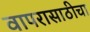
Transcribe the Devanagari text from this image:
वापरासाठीचा